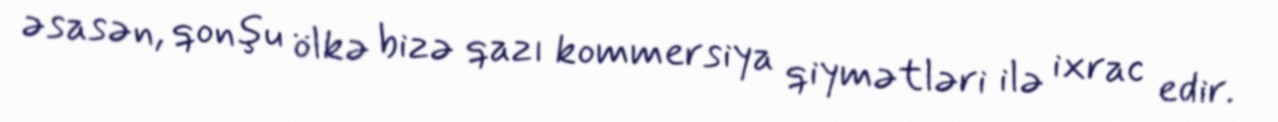
əsasən, qonşu ölkə bizə qazı kommersiya qiymətləri ilə ixrac edir.